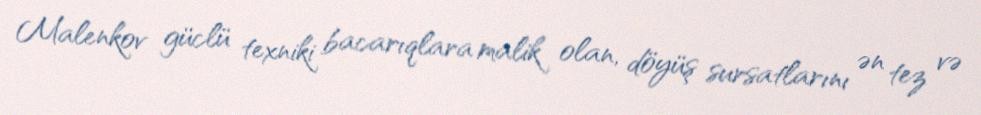
Malenkov güclü texniki bacarıqlara malik olan, döyüş sursatlarını ən tez və